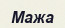
Мажа